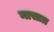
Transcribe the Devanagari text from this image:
नासाग्र